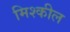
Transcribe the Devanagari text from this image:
मिश्कील